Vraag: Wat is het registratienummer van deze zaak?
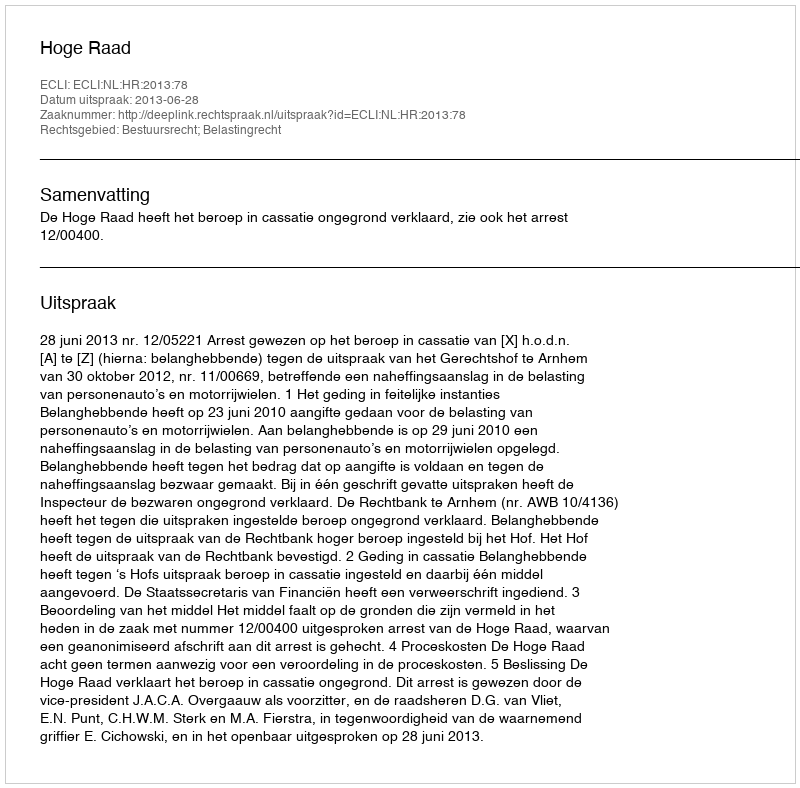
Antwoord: http://deeplink.rechtspraak.nl/uitspraak?id=ECLI:NL:HR:2013:78